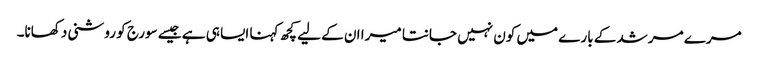
مرے مرشد کے بارے میں کون نہیں جانتا میرا ان کے لیے کچھ کہنا ایسا ہی ہے جیسے سورج کو روشنی دکھانا۔